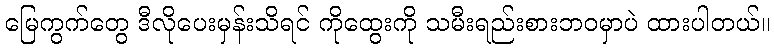
မြေကွက်တွေ ဒီလိုပေးမှန်းသိရင် ကိုထွေးကို သမီးရည်းစားဘဝမှာပဲ ထားပါတယ်။